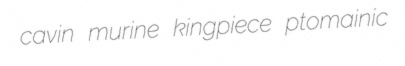
cavin murine kingpiece ptomainic